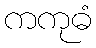
ကကုဓံ